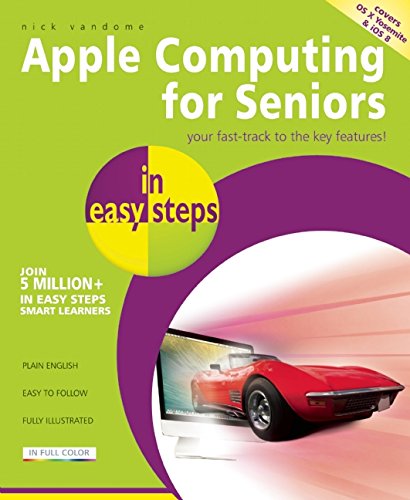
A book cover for Apple Computing for Seniors in Easy Steps: Covers OS X Yosemite and iOS 8; Nick Vandome; Computers & Technology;